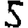
Digit: 5